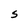
Character: S